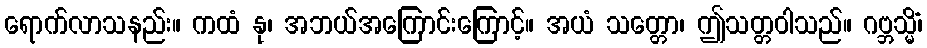
ရောက်လာသနည်း။ ကထံ နု၊ အဘယ်အကြောင်းကြောင့်။ အယံ သတ္တော၊ ဤသတ္တဝါသည်။ ဂဗ္ဘသ္မိံ၊